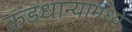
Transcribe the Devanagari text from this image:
कडधान्यामध्ये